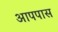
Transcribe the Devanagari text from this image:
आपपास